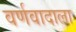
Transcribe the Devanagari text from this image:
वर्णवादाला